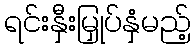
ရင်းနှီးမြှုပ်နှံမည့်